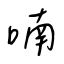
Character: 喃